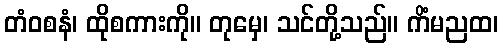
တံဝစနံ၊ ထိုစကားကို။ တုမှေ၊ သင်တို့သည်။ ကိံမညထ၊